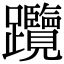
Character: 𨈇